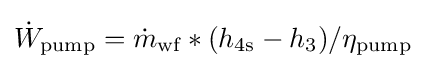
{\dot {W}}_{\text{pump}}={\dot {m}}_{\text{wf}}*(h_{\text{4s}}-h_{3})/\eta _{\text{pump}}